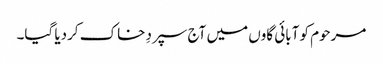
مرحوم کو آبائی گاوں میں آج سپردِ خاک کردیا گیا۔